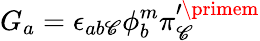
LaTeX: G_{a}=\epsilon_{ab\mathscr{C}}\phi_{b}^{m}\pi_{\mathscr{C}}^{\prime\primem}